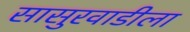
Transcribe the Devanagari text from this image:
सासुरवाडीला